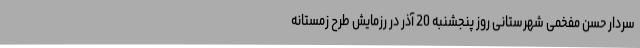
سردار حسن مفخمی شهرستانی روز پنجشنبه 20 آذر در رزمایش طرح زمستانه